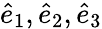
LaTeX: {\hat{e}_{1},\hat{e}_{2},\hat{e}_{3}}